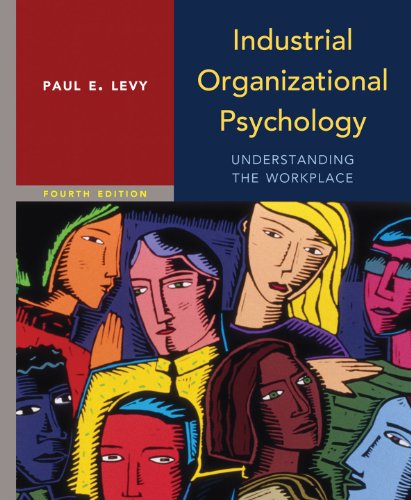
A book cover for Industrial Organizational Psychology; Paul Levy; Medical Books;